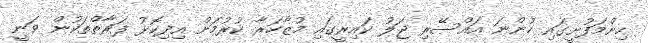
ހިންމަފުށީގައި ހުންނަ އައްސޭރި ޖަލު ކައިރީގައި މުޒާހަރާ ކުރުމަށް އިދިކޮޅު ފަރާތްތަކުން ވަނީ